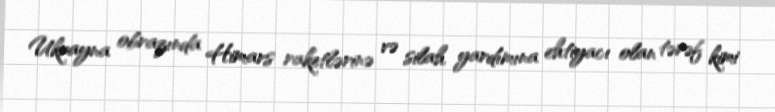
Ukrayna obrazında Himars raketlərinə və silah yardımına ehtiyacı olan tərəf kimi